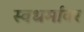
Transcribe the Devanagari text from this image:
स्वधर्मावर